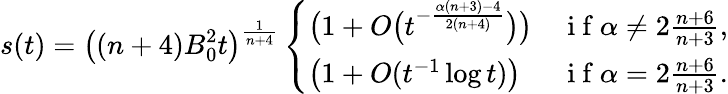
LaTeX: s(t)=\big((n+4)B_{0}^{2}t\big)^{\frac{1}{n+4}}\left\{ \begin{array}{ll}{\big(1+O\big(t^{-\frac{\alpha(n+3)-4}{2(n+4)}}\big)\big)}&{\mathrm{~i~f~}\alpha\ne 2\frac{n+6}{n+3},}\\ {\left(1+O(t^{-1}\log t)\right)}&{\mathrm{~i~f~}\alpha=2\frac{n+6}{n+3}.}\end{array}\right.